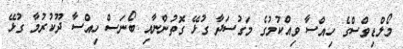
މޯލްޑިވްސްގެ ހިއްސާ ވިއްކުމުގެ މަގުސަދާ ގުޅޭ ގޮތުންނާއި ބޯނަސް ހިއްސާ ދޫކުރުމާ ގުޅޭ